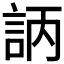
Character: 𧦿